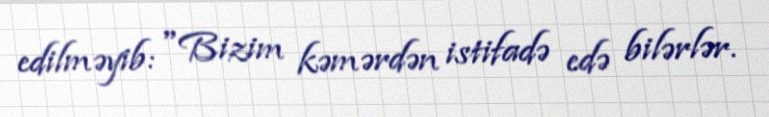
edilməyib: "Bizim kəmərdən istifadə edə bilərlər.